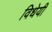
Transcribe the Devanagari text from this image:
विधेयी